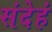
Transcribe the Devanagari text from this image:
संदेहं